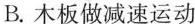
B.木板做减速运动